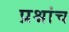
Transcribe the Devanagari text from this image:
प्रश्नांच